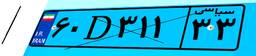
۶۰D۳۱۱۳۳